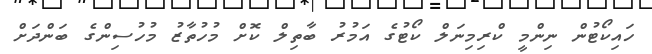
ހައިކޯޓުން ނިންމީ ކްރިމިނަލް ކޯޓުގެ އަމުރު ބާތިލް ކޮށް މުހުތާޒު މުހުސިންގެ ބަންދަށް